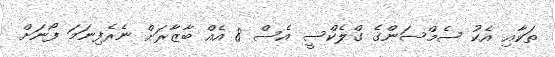
ތަކާއި އެކު ސެމްސަންގެ ގްލެކްސީ އެސް 8 އެއް ބާޒާރަށް ނެރެފިނަމަ ފޯނަށް